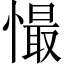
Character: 𢢇